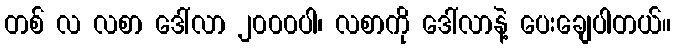
တစ် လ လစာ ဒေါ်လာ ၂၀၀၀ပါ၊ လစာကို ဒေါ်လာနဲ့ ပေးချေပါတယ်။